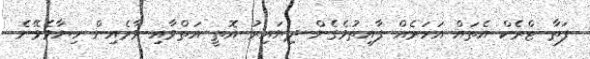
ފަތާ ޓްރެކް އެތައް އަހަރެއް ފާއިތުވެގެން ދިޔައިރު އޮތީ އަތްވާއި ވާރެއިން ހިޔާވެވޭނެ